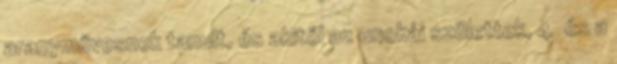
aranyművesnek tanult, és akitől az unokái születtek, 4 és a